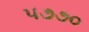
૫૭૭૦